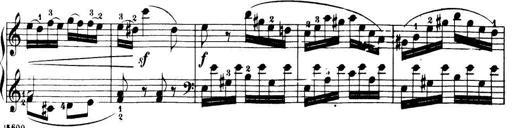
Title: 32 Sonatinas and Rondos for the Piano
Composer: Richard Kleinmichel